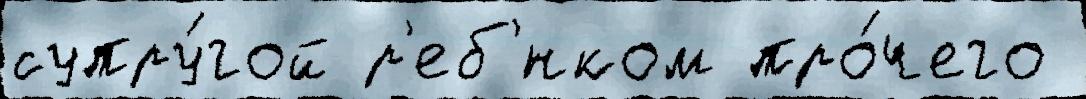
супру́гой р'еб'́нком про́чего